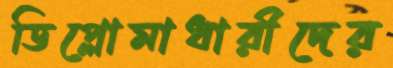
ডিপ্লোমাধারীদের